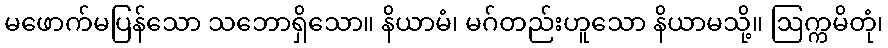
မဖောက်မပြန်သော သဘောရှိသော။ နိယာမံ၊ မဂ်တည်းဟူသော နိယာမသို့။ ဩက္ကမိတုံ၊